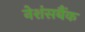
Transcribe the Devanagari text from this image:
नेशंसबैंक